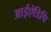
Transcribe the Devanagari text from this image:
आईऐडिपि